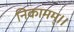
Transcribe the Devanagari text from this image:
निकामम्।।